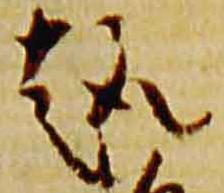
趣